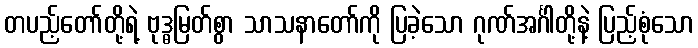
တပည့်တော်တို့ရဲ့ ဗုဒ္ဓမြတ်စွာ သာသနာတော်ကို ပြခဲ့သော ဂုဏ်အင်္ဂါတို့နဲ့ ပြည့်စုံသော